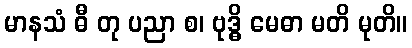
မာနသံ ဓီ တု ပညာ စ၊ ဗုဒ္ဓိ မေဓာ မတိ မုတိ။